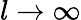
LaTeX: l\rightarrow\infty